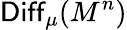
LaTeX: \mathsf{Diff}_{\mu}(M^{n})